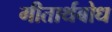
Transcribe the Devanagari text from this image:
गीतार्थबोध